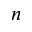
\boldsymbol { n }